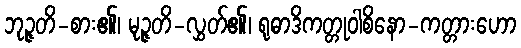
ဘုဉ္ဇတိ-စား၏၊ မုဉ္ဇတိ-လွှတ်၏၊ ရုဓာဒိကတ္တုဝါစိနော-ကတ္တားဟော